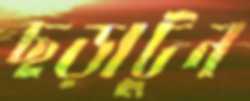
ছড়াটুন